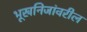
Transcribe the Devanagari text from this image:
भूखनिजांवरील